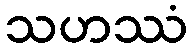
သဟဿံ